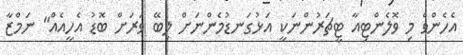
އެހެންވެ މި ވޮލެންޓިއާ ޓީޗަރުންނަކީ އަޅުގަނޑުމެންނަށް ލިބޭ ވަރަށް ބޮޑު އެހީއެއް" ނަމްޒާ